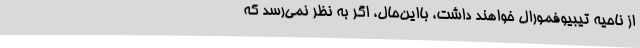
از ناحیه تیبیوفمورال خواهند داشت، بااین‌حال، اگر به نظر نمی‌رسد که